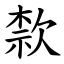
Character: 歀